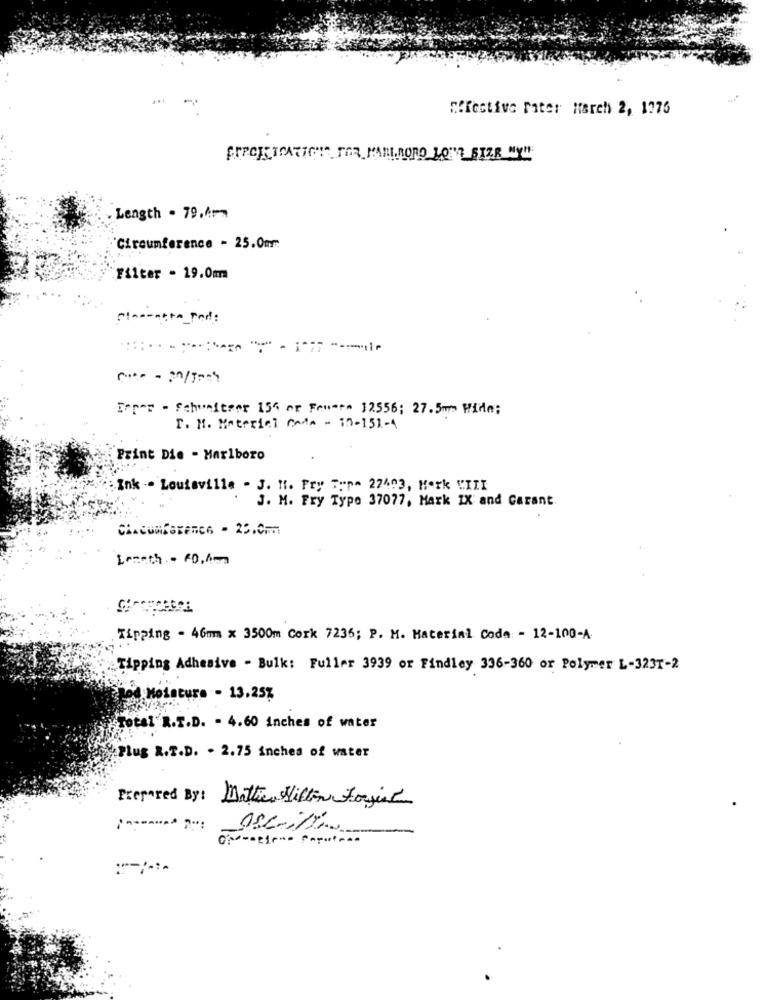
".festive Piter March 2, 1776
Length . 79.Am
"Circumference - 25.0m
Filter - 19.0mm
Forms - Schweitzer 156 or Fewer 12556; 27.5mm Wide;
F. M. Material Code - 10-151-4
Print Die - Marlboro
Ink - Louisville - J. H. Fry Term 27403, Mark VIII
J. M. Fry Typo 37077, Mark IX and Garant
CHACUNFOREnca - 25.0F
Leseth .- 60.6m
Tipping - 46m x 3500m Cork 7236; P. M. Material Code - 12-100-A
Tipping Adhesive - Bulk: Fuller 3939 or Findley 336-360 or Polymer L-3231-2
od Moisture - 13.25%
Total R.T.D. - 4.60 inches of water
Plug R.T.D. . 2.75 inches of water
Prepared By: Mattie Wilton Forint